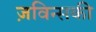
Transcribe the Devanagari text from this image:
ज़विन्सकी